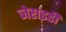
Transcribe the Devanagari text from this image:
जेराइडी